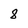
Character: 8